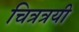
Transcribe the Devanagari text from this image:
चित्रत्रयी